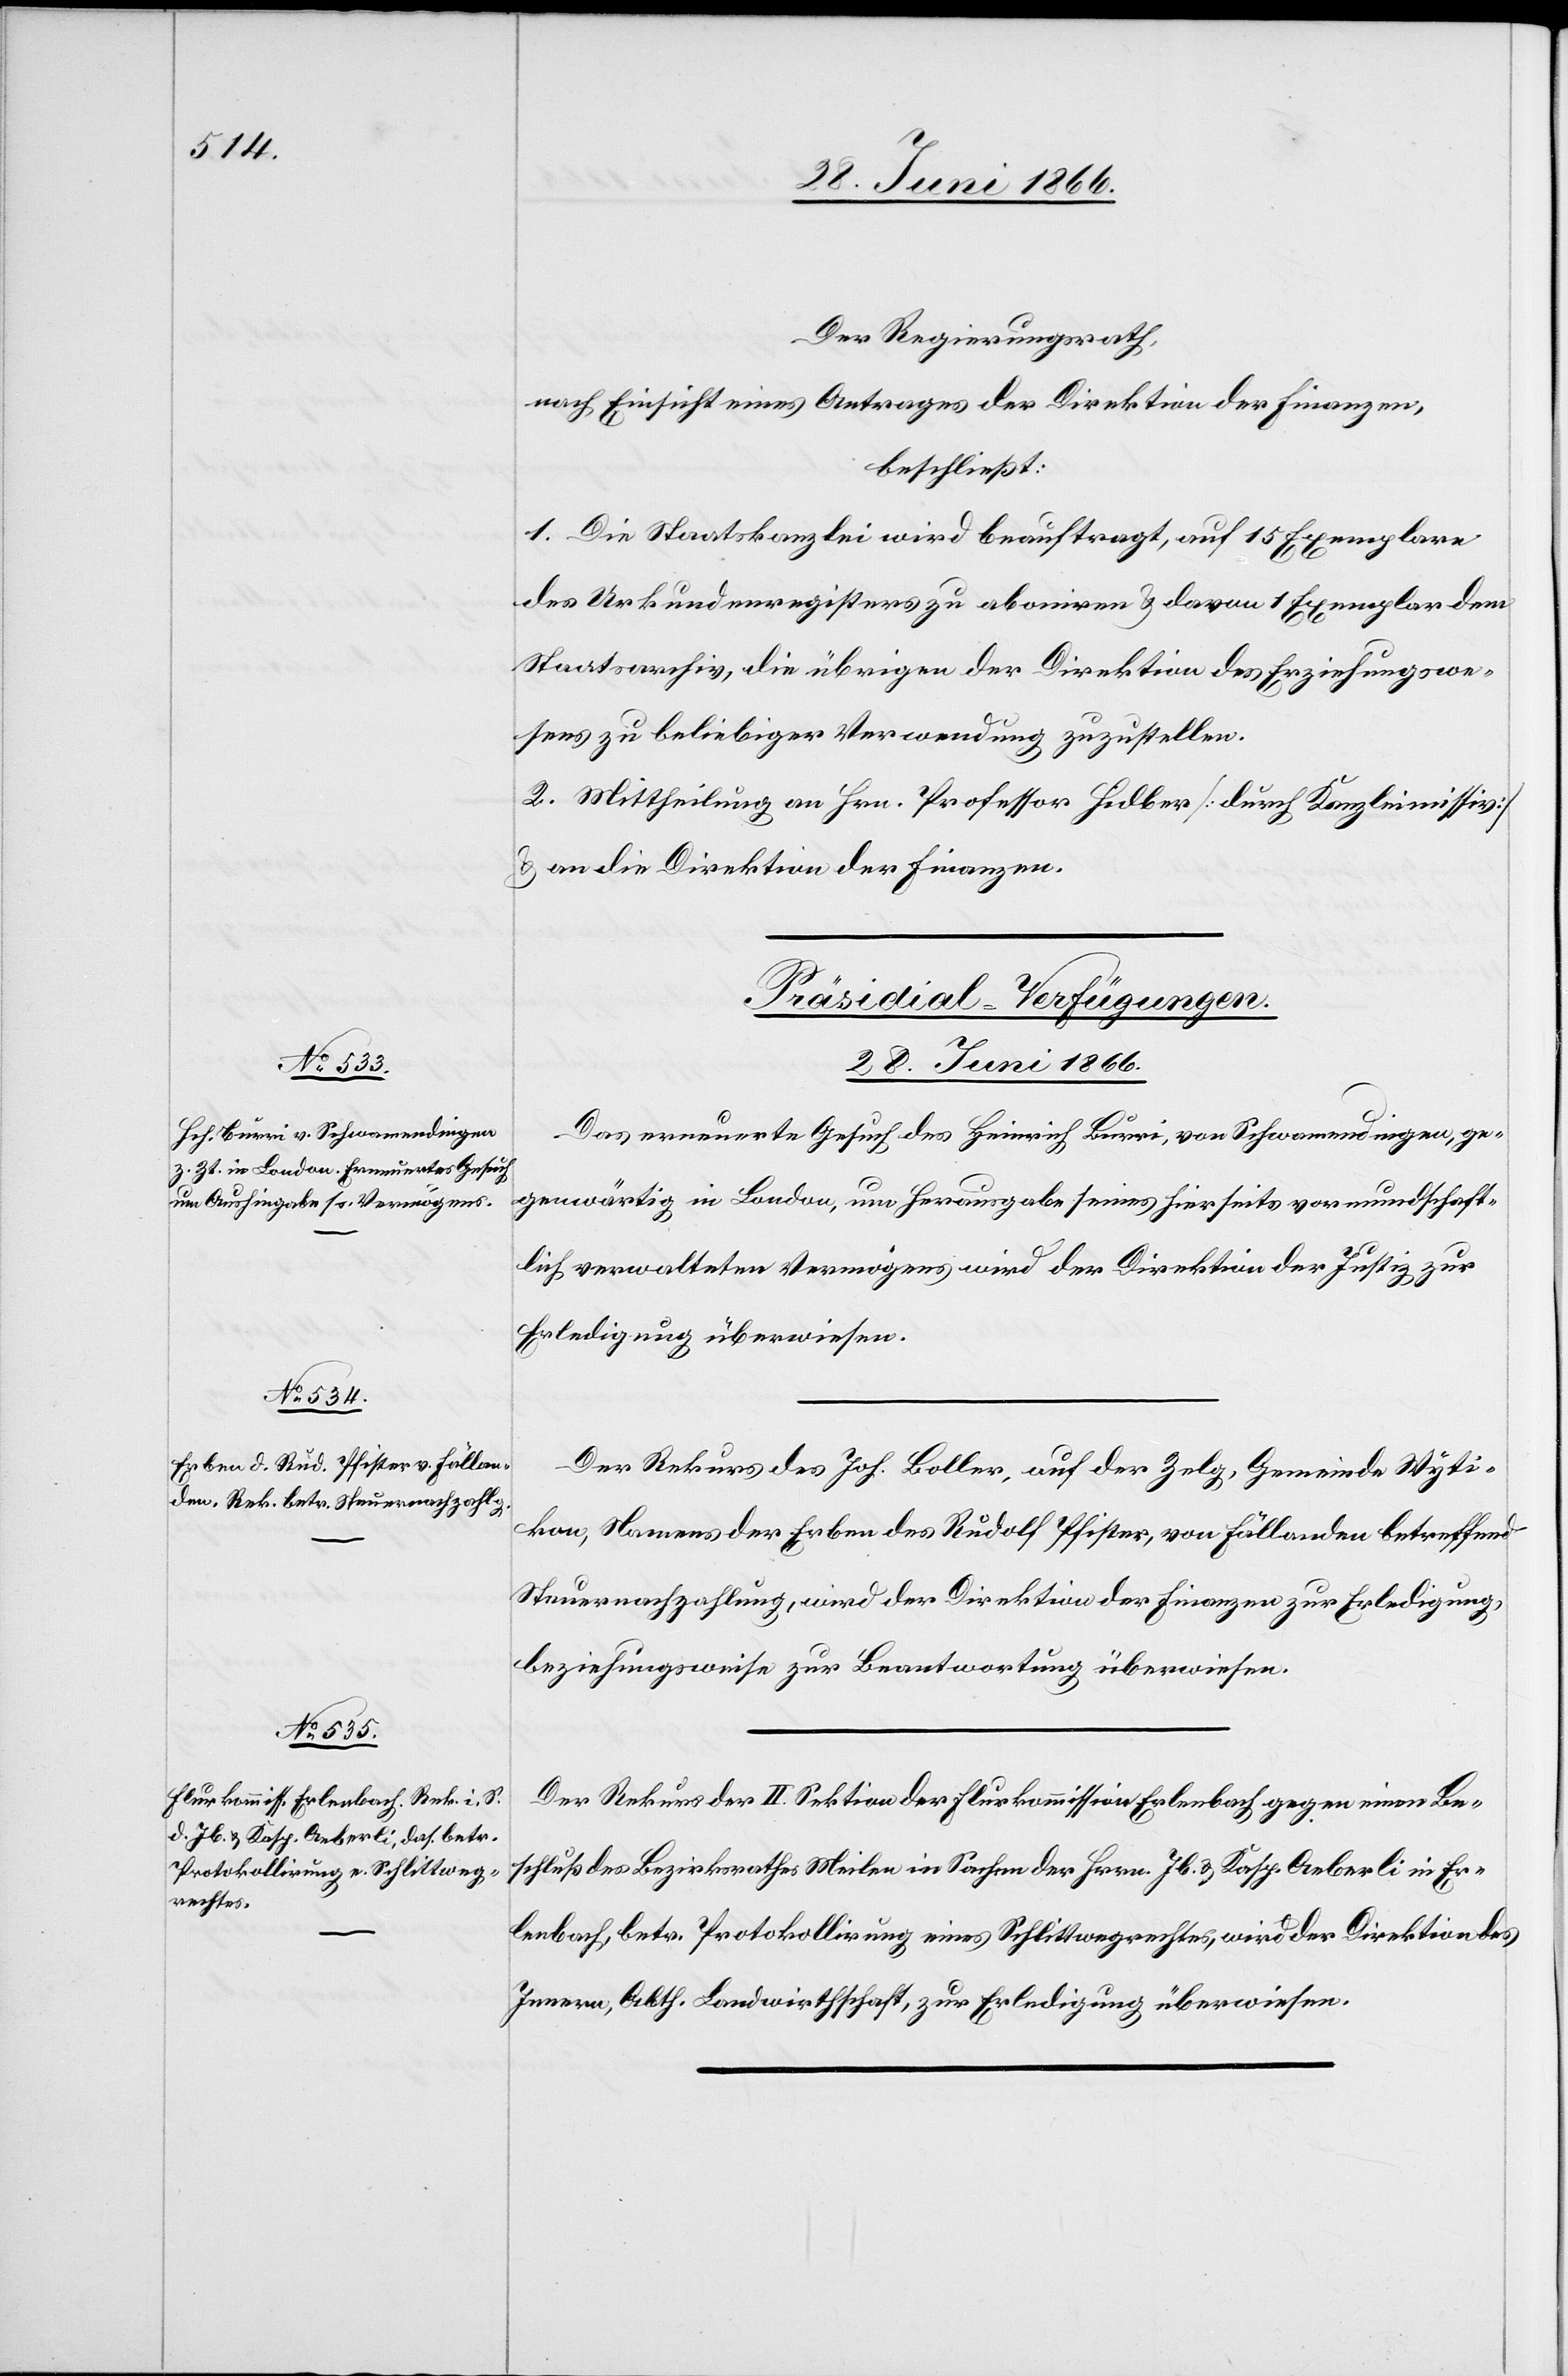
Der Regierungsrath,
nach Einsicht eines Antrages der Direktion der Finanzen,
beschließt:
1. Die Staatskanzlei wird beauftragt, auf 15 Exemplare
des Urkundenregisters zu aboniren u. davon 1 Exemplar dem
Staatsarchiv, die übrigen der Direktion des Erziehungswe¬
sens zu beliebiger Verwendung zuzustellen.
2. Mittheilung an Hrn. Professor Hidber [durch Kanzleimissiv]
u. an die Direktion der Finanzen.
[Präsidial-Verfügungen.
28. Juni 1866.]
Das erneuerte Gesuch des Heinrich Bürri, von Schwamendingen, ge¬
genwärtig in London, um Herausgabe seines hierseits vormundschaft¬
lich verwalteten Vermögens wird der Direktion der Justiz zur
Erledigung überwiesen.
Der Rekurs des Joh. Boller, auf der Zelg, Gemeinde Wyti¬
kon, Namens der Erben des Rudolf Pfister, von Fällanden betreffend
Steuernachzahlung, wird der Direktion der Finanzen zur Erledigung
beziehungsweise zur Beantwortung überwiesen.
Der Rekurs der II. Sektion der Flurkommission Erlenbach gegen einen Be¬
schluß des Bezirksrathes Meilen in Sachen der Hrrn. Jb. u. Kasp Aeberli in Er¬
lenbach, betr Protokollirung eines Schlittwegrechtes, wird der Direktion des
Innern, Abth. Landwirthschaft, zur Erledigung überwiesen.